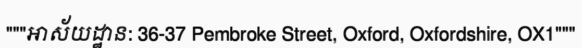
"""អាស័យដ្ឋាន: 36-37 Pembroke Street, Oxford, Oxfordshire, OX1"""